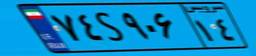
۱۶S۹۹۰۰۹